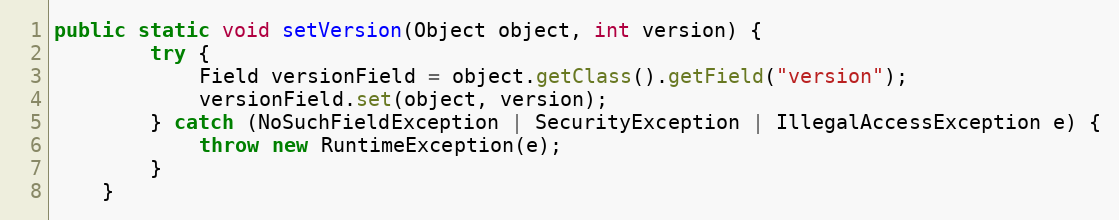
Language: Java
public static void setVersion(Object object, int version) {
		try {
			Field versionField = object.getClass().getField("version");
			versionField.set(object, version);
		} catch (NoSuchFieldException | SecurityException | IllegalAccessException e) {
			throw new RuntimeException(e);
		}
	}